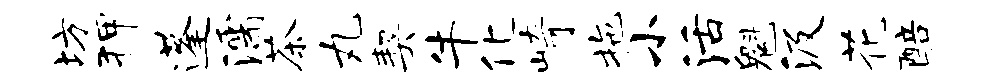
坊狎蓬濡茶丸契牛化崎拖小活魁汲花醅